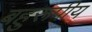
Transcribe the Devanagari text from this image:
बहुरूपीय